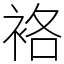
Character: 袼